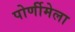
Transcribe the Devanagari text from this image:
पोर्णीमेला